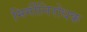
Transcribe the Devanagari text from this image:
मिर्गीनिरोधक